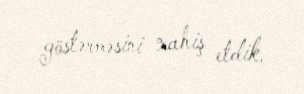
göstərməsini xahiş etdik.